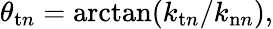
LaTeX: \theta_{\mathrm{t}n}=\arctan(k_{\mathrm{t}n}/k_{\mathrm{n}n}),